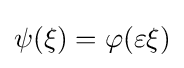
\psi (\xi )=\varphi (\varepsilon \xi )